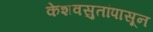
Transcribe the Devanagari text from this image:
केशवसुतांपासून